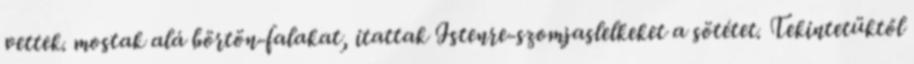
vettek. mostak alá börtön-falakat, itattak Istenre-szomjaslelkeket a sötétet. Tekintetüktől